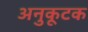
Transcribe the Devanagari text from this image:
अनुकूटक